Annual statistical returns and brief notes on vaccination in Bengal - 1909-1929
Year: 1909
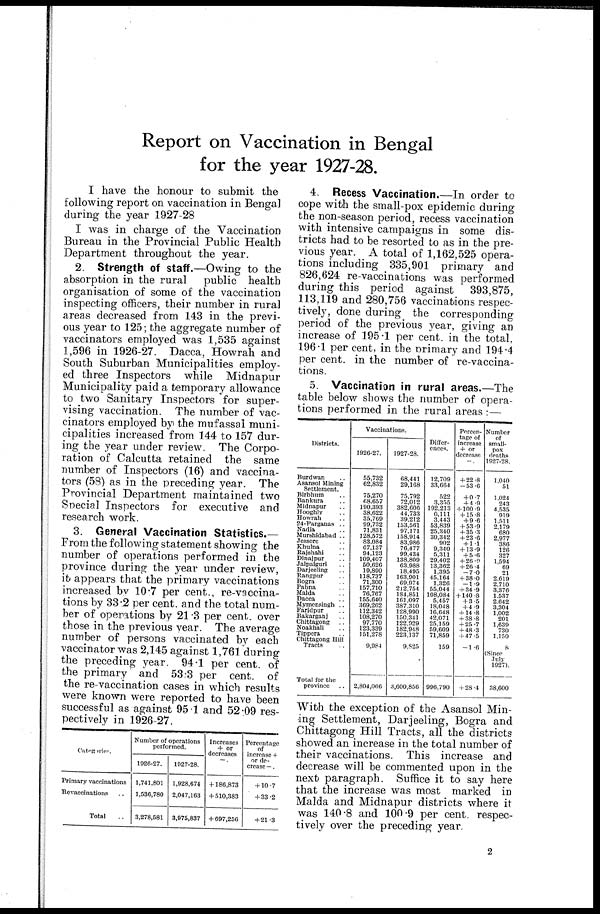
Report on Vaccination in Bengal
for the year 1927-28.
I have the honour to submit the
following report on vaccination in Bengal
during the year 1927-28
I was in charge of the Vaccination
Bureau in the Provincial Public Health
Department throughout the year.
2. Strength of staff.—Owing to the
absorption in the rural
public health
organisation of some of the vaccination
inspecting officers, their number in rural
areas decreased from 143 in the previ-
ous year to 125; the aggregate number of
vaccinators employed was 1,535 against
1,596 in 1926-27. Dacca, Howrah and
South Suburban Municipalities employ-
ed three Inspectors while Midnapur
Municipality paid a temporary allowance
to two Sanitary Inspectors for super-
vising vaccination. The number of vac-
cinators employed by the mufassal muni-
cipalities increased from 144 to 157 dur-
ing the year under review. The Corpo-
ration of Calcutta retained the same
number of Inspectors (16) and vaccina-
tors (58) as in the preceding year. The
Provincial Department maintained two
Special Inspectors for executive and
research work.
3. General Vaccination Statistics.—
From the following statement showing the
number of operations performed in the
province during the year under review,
it appears that the primary vaccinations
increased by 10.7 per cent., re-vaccina-
tions by 33.2 per cent. and the total num-
ber of operations by 21.3 per cent. over
those in the previous year. The average
number of persons vaccinated by each
vaccinator was 2,145 against 1,761 during
the preceding year. 94.1 per cent. of
the primary and 53.3 per cent. of
the re-vaccination cases in which results
were known were reported to have been
successful as against 95.1 and 52.09 res-
pectively in 1926-27.
Categories.
Primary vaccinations
Revaccinations ..
Total ..
Number of operations
performed.
1926-27.
1,741,801
1,536,780
3,278,581
1927-28.
1,928,674
2,047,163
3,975,837
Increases
+ or
decreases
—.
+ 186,873
+ 510,383
+ 697,256
Percentage
of
increase +
or de-
crease —.
+ 10.7
+ 33.2
+ 21.3
4. Recess Vaccination.—In order to
cope with the small-pox epidemic during
the non-season period, recess vaccination
with intensive campaigns in some dis-
tricts had to be resorted to as in the pre-
vious year. A total of 1,162,525 opera-
tions including 335,901 primary and
826,624 re-vaccinations was performed
during this period against
393,875,
113,119 and 280,756 vaccinations respec-
tively, done during the corresponding
period of the previous year, giving an
increase of 195.1 per cent. in the total.
196.1 per cent, in the primary and 194.4
per cent. in the number of re-vaccina-
tions.
5. Vaccination in rural areas.—The
table below shows the number of opera-
tions performed in the rural areas :—
Districts.
Burdwan ..
Asansol Mining
Settlement.
Birbhum ..
Bankura ..
Midnapur ..
Hooghly ..
Howrah..
24-Parganas ..
Nadia ..
Murshidabad ..
Jessore ..
Khulna ..
Rajshahi ..
Dinajpur ..
Jalpaiguri ..
Darjeeling ..
Rangpur ..
Bogra ..
Pabna ..
Malda ..
Dacca ..
Mymensingh ..
Faridpur ..
Bakarganj ..
Chittagong ..
Noakhali ..
Tippera ..
Chittagong Hill
Tracts ..
Total for the
province ..
Vaccinations.
1926-27.
55,732
62,832
75,270
68,657
190,393
38,622
35,769
99,732
71,831
128,572
83,084
67,137
94,123
109,407
50,626
19,890
118,737
71,300
157,710
76,767
155,640
369,262
112,342
108,270
97,770
123,339
151,278
9,984
2,804,066
1927-28.
68,441
29,168
75,792
72,012
382,606
44,733
39,212
153,561
97,171
158,914
83,986
76,477
99,434
138,809
63,988
18,495
163,901
69,974
212,754
184,851
161,097
387,310
128,990
150,341
122,929
182,948
223,137
9,825
3,600,856
Differ-
ences.
12,709
33,664
522
3,355
192,213
6,111
3,443
53,839
25,340
30,342
902
9,340
5,311
29,402
13,362
1,395
45,164
1,326
55,044
108,084
5,457
18,048
16,648
42,071
25,159
59,609
71,859
159
996,790
Percen-
tage of
increase
+ or
decrease
—.
+ 22.8
—53.6
+0.7
+ 4.9
+ 100.9
+15.8
+9.6
+ 53.9
+ 35.3
+ 23.6
+ 1.1
+ 13.9
+ 5.6
+ 26.9
+26.4
-70
+ 38 0
-1.9
+ 34.9
+ 140.8
+ 3.5
+ 4.9
+ 14.8
+ 38.8
+ 25.7
+ 48.3
+ 47.5
-1.6
+ 28.4
Number
of
small-
pox
deaths
1927-28.
1,040
51
1,024
243
4,535
919
1,511
2,179
680
2,977
386
126
327
1,594
69
21
2,619
2,710
3,376
1,537
2,642
3,304
1,002
201
1,639
730
1,150
8
(Since
July
1927).
38,600
With the exception of the Asansol Min-
ing Settlement, Darjeeling, Bogra and
Chittagong Hill Tracts, all the districts
showed an increase in the total number of
their vaccinations. This increase and
decrease will be commented upon in the
next paragraph. Suffice it to say here
that the increase was most marked in
Malda and Midnapur districts where it
was 140.8 and 100.9 per cent. respec-
tively over the preceding year.
2